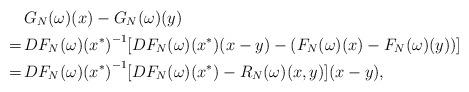
LaTeX: \begin{align*} & G_N(\omega)(x) - G_N(\omega)(y) \\ =\, & {DF_N(\omega)(x^*)}^{-1} [ DF_N(\omega)(x^*)(x-y) - (F_N(\omega)(x) - F_N(\omega)(y)) ] \\ =\, & {DF_N(\omega)(x^*)}^{-1} [DF_N(\omega)(x^*) - R_N(\omega)(x,y)] (x - y), \end{align*}